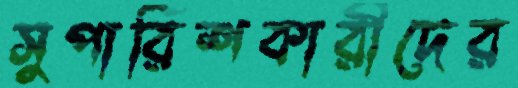
সুপারিশকারীদের